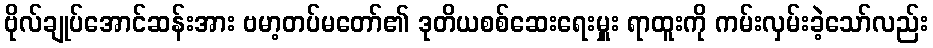
ဗိုလ်ချုပ်အောင်ဆန်းအား ဗမာ့တပ်မတော်၏ ဒုတိယစစ်ဆေးရေးမှူး ရာထူးကို ကမ်းလှမ်းခဲ့သော်လည်း